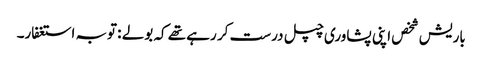
باریش شخص اپنی پشاوری چپل درست کر رہے تھے کہ بولے : توبہ استغفار۔